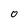
Character: O